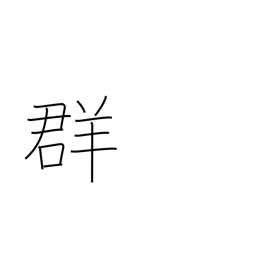
Meaning: flock